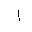
Letter: _alif